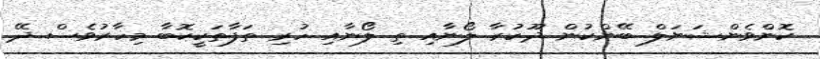
ކޮންވެންޝަނަލް ބޭންކުން ދޫކުރާ ލޯނާއި ތި ލޯނާއި ހުރި ތަފާތަކީކޮބާ މިހާރުވެސް ދޭ